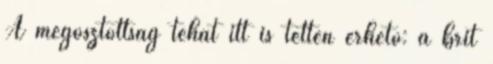
A megosztottság tehát itt is tetten érhető: a brit